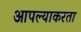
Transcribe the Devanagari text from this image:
आपल्याकरता